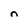
Character: n